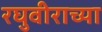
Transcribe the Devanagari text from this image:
रघुवीराच्या